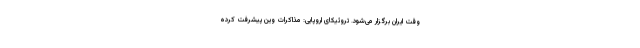
وقت ایران برگزار می‌شود. تروئیکای اروپایی: مذاکرات وین پیشرفت کرده